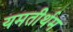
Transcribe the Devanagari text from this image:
यमतीर्थम